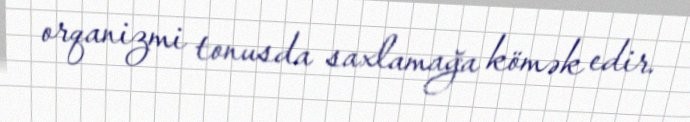
orqanizmi tonusda saxlamağa kömək edir.